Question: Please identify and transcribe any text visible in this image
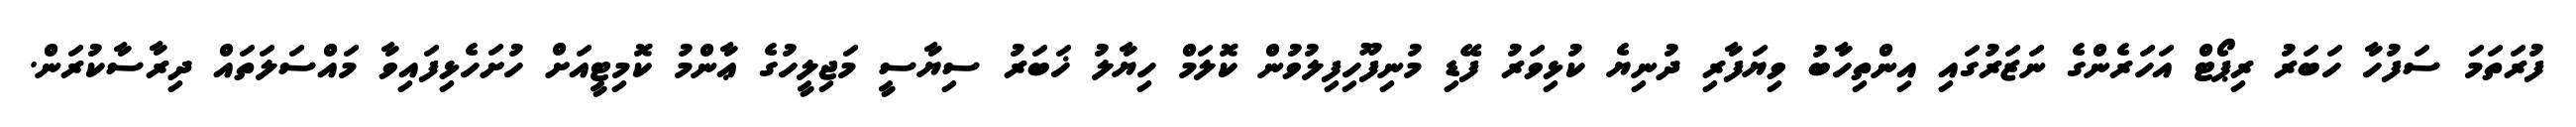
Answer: ފުރަތަމަ ސަފުހާ ހަބަރު ރިޕޯޓް އަހަރެންގެ ނަޒަރުގައި އިންތިހާބު ވިޔަފާރި ދުނިޔެ ކުޅިވަރު ފޭޑި މުނިފޫހިފިލުވުން ކޮލަމް ހިޔާލު ޚަބަރު ސިޔާސީ މަޖިލީހުގެ ޢާންމު ކޮމިޓީއަށް ހުށަހެޅިފައިވާ މައްސަލަތައް ދިރާސާކުރަން.